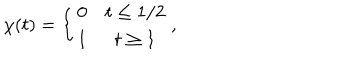
\chi ( t ) = \left\{ \begin{array} { c c } { { 0 } } & { { t \leq 1 / 2 } } \\ { { 1 } } & { { t \geq 1 } } \\ \end{array} \right. ,